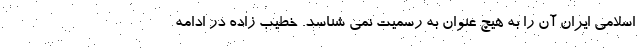
اسلامی ایران آن را به هیچ عنوان به رسمیت نمی شناسد. خطیب زاده در ادامه